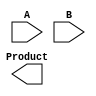
module booth_wallace_multiplier #(
    parameter WIDTH = 8  // Bit width (can be changed to 16, 32, etc.)
) (
    input signed [WIDTH-1:0] A, // Multiplicand
    input signed [WIDTH-1:0] B, // Multiplier
    output signed [2*WIDTH-1:0] Product // Product output
);

// Booth encoding
reg signed [WIDTH-1:0] M; // Multiplicand
reg signed [WIDTH:0] Q; // Multiplier with extra bit for Booth encoding
reg [WIDTH-1:0] P [0:WIDTH-1]; // Partial products
reg [WIDTH:0] M_neg; // Negated multiplicand
integer i;

// Generate two's complement for negative multiplicand
always @(*) begin
    M = A;
    M_neg = ~A + 1; // Two's complement
    Q = {1'b0, B};   // Append a zero bit for Booth's algorithm
end

// Generate partial products based on Booth's encoding
always @(*) begin
    for (i = 0; i < WIDTH; i = i + 1) begin
        case (Q[i+1:i])
            2'b00: P[i] = 0; // No addition
            2'b01: P[i] = M; // Add multiplicand
            2'b10: P[i] = M_neg; // Subtract multiplicand
            2'b11: P[i] = 0; // No addition
        endcase
    end
end

// Wallace tree reduction
wire [WIDTH:0] sum [0:WIDTH/2]; // Intermediate sums
wire [WIDTH:0] carry [0:WIDTH/2]; // Intermediate carries

generate
    genvar j;
    for (j = 0; j < WIDTH; j = j + 1) begin: reduction_stage
        // Perform reduction using Carry-Save Adder (CSA)
        if (j == 0) begin
            assign sum[j] = P[j][WIDTH-1:0] + P[j+1][WIDTH-1:0];
            assign carry[j] = (P[j][WIDTH-1] & P[j+1][WIDTH-1]) | (P[j][WIDTH-1] & P[j][WIDTH-1]);
        end else begin
            assign sum[j] = P[j][WIDTH-1:0] + carry[j-1];
            assign carry[j] = (P[j][WIDTH-1] & carry[j-1][WIDTH-1]) | (P[j][WIDTH-1] & P[j][WIDTH-1]);
        end
    end
endgenerate

// Final addition
wire [2*WIDTH-1:0] final_sum;
assign final_sum = sum[WIDTH-1] + carry[WIDTH-2];

// Assign final product
assign Product = final_sum;

endmodule